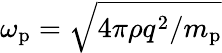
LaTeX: \omega_{\mathrm{p}}=\sqrt{4\pi\rho q^{2}/m_{\mathrm{p}}}